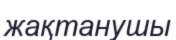
жақтанушы